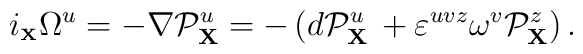
i_{\scriptscriptstyle{\bf X}}\Omega^u=-\nabla{\cal P}^{u}_{{\bf X}}=-\left ( d{\cal P}^{u}_{{\bf X}}\, + \varepsilon^{uvz}\omega^{v} {\cal P}^{z}_{{\bf X}}\right ).